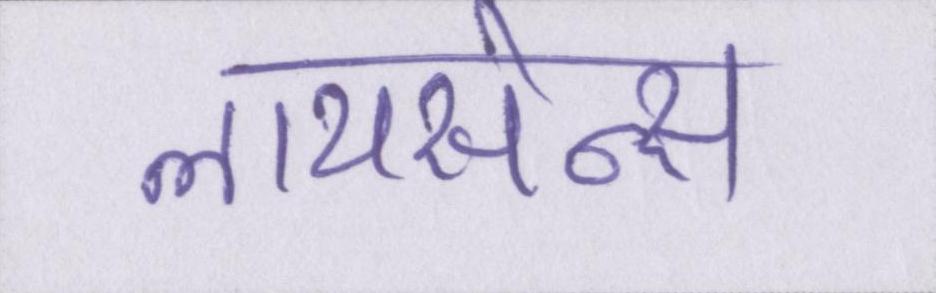
लायसेन्स